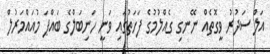
އަލް ސަދުރު ވީގޮތެއް ނޭނގި ގެއްލުމުގެ ފަހަތުގައި ވަނީ ހަނިބަލްގެ ބައްޕަ މުއައްމަރުލް